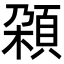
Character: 𩒜